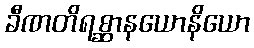
ခီဏတိရစ္ဆာနယောနိယော